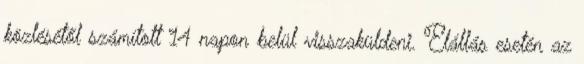
közlésétől számított 14 napon belül visszaküldeni. Elállás esetén az